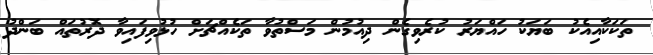
ތަކަކާއިއެކު ބަޔަކު ހައްޔަރު ކުރެވިގެން ދިއުމުން މަސްތުވާ ތަކެއްޗަށް ހުޅުވިފައިވާ ދޮރުތައް ބަންދު